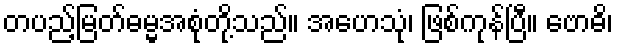
တပည့်မြတ်ဓမ္မအစုံတို့သည်။ အဟေသုံ၊ ဖြစ်ကုန်ပြီ။ ဗောဓိ၊